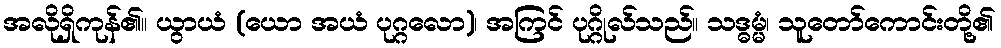
အလိုရှိကုန်၏။ ယွာယံ (ယော အယံ ပုဂ္ဂလော)၊ အကြင် ပုဂ္ဂိုလ်သည်။ သဒ္ဓမ္မံ၊ သူတော်ကောင်းတို့၏